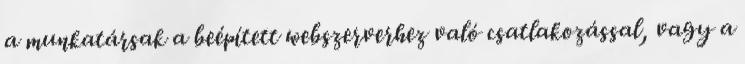
a munkatársak a beépített webszerverhez való csatlakozással, vagy a